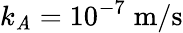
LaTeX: k_{\mathit{A}}=10^{-7}\; \mathrm{{m}}/\mathrm{{s}}